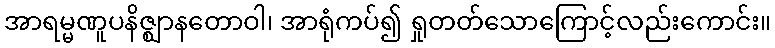
အာရမ္မဏူပနိဇ္ဈာနတောဝါ၊ အာရုံကပ်၍ ရှုတတ်သောကြောင့်လည်းကောင်း။